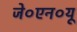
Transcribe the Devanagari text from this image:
जे०एन०यू